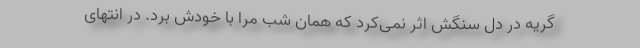
گریه در دل سنگش اثر نمی‌کرد که همان شب مرا با خودش برد. در انتهای